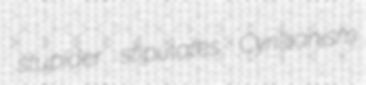
stupider stipulates Cyrillianism